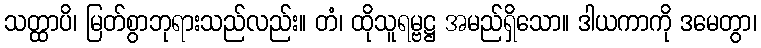
သတ္ထာပိ၊ မြတ်စွာဘုရားသည်လည်း။ တံ၊ ထိုသူရမ္ဗဋ္ဌ အမည်ရှိသော။ ဒါယကာကို ဒမေတွာ၊